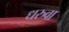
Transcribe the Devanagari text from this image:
धरुवा